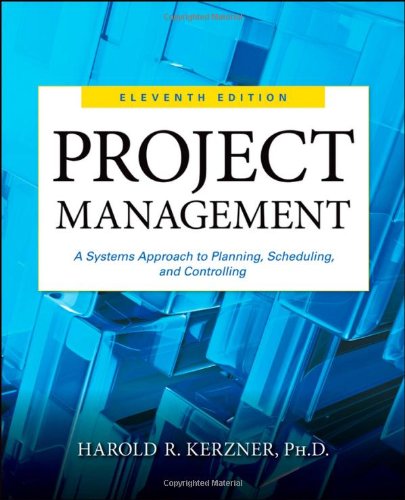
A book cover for Project Management: A Systems Approach to Planning, Scheduling, and Controlling; Harold R. Kerzner; Engineering & Transportation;